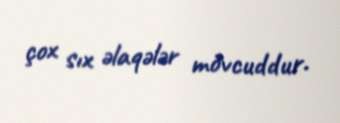
çox sıx əlaqələr mövcuddur.